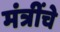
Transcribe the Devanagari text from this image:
मंत्रींचे